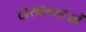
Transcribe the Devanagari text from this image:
दाखलताओं